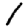
Digit: 1